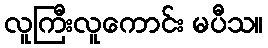
လူကြီးလူကောင်း မပီသ။